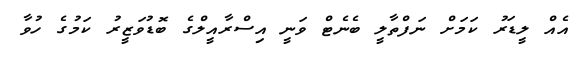
އެއް ލީޑަރު ކަމަށް ނަފްތާލީ ބެނެޓް ވަނީ އިސްރާއީލްގެ ބޮޑުވަޒީރު ކަމުގެ ހުވާ